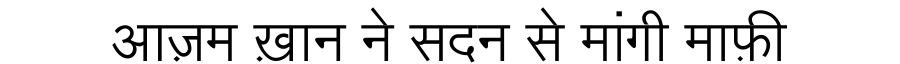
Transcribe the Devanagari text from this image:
आज़म ख़ान ने सदन से मांगी माफ़ी